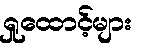
ရှုထောင့်များ